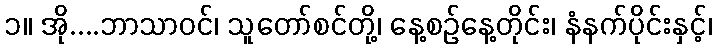
၁။ အို....ဘာသာဝင်၊ သူတော်စင်တို့၊ နေ့စဉ်နေ့တိုင်း၊ နံနက်ပိုင်းနှင့်၊